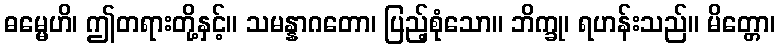
ဓမ္မေဟိ၊ ဤတရားတို့နှင့်။ သမန္နာဂတော၊ ပြည့်စုံသော။ ဘိက္ခု၊ ရဟန်းသည်။ မိတ္တော၊